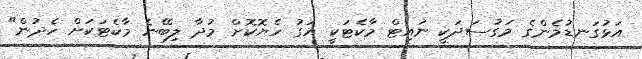
އަޅުގަނޑުމެންގެ މަގުސަދަކީ ނައިޓް މާކެޓަކީ އަގު ހެޔޮކޮށް މުދާ ލިބޭނެ މާކެޓަކަށް ހެދުން"